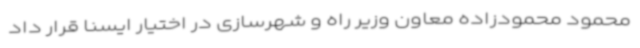
محمود محمودزاده معاون وزیر راه و شهرسازی در اختیار ایسنا قرار داد